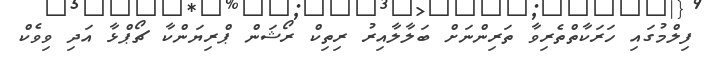
ފިލްމުގައި ހަރަކާތްތެރިވާ ތަރިންނަށް ބަލާލާއިރު ރިތިކް ރޯޝަން ޕްރިޔަންކާ ޗޯޕްޅާ އަދި ވިވެކް